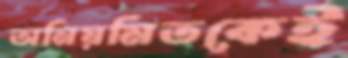
অনিয়মিতকেই